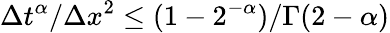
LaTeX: \Delta t^{\alpha}/\Delta x^{2}\leq(1-2^{-\alpha})/\Gamma(2-\alpha)